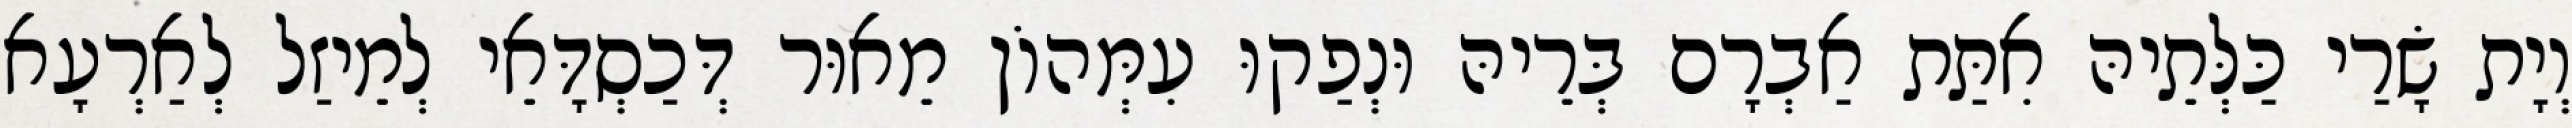
וְיָת שָׂרַי כַּלְּתֵיהּ אִתַּת אַבְרָם בְּרֵיהּ וּנְפַקוּ עִמְּהוֹן מֵאוּר דְּכַסְדָּאֵי לְמֵיזַל לְאַרְעָא